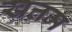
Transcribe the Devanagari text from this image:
खत्तम